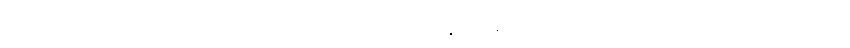
အကြောင်းမူ အကြည့်ချင်းဆုံလျက်ရှိ သော သူတို့နှစ်ဦး၏မျက်လုံးများက ကျန်စကားလုံးများ ကို